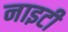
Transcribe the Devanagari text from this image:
नाइटी